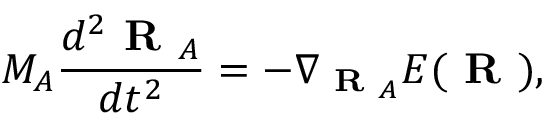
M _ { A } \frac { d ^ { 2 } \textbf { R } _ { A } } { d t ^ { 2 } } = - \nabla _ { \textbf { R } _ { A } } E ( \textbf { R } ) ,